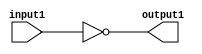
//inverter logic gate - created by Deva

module inverter (
input1,
output1
);

input input1;
output output1;

assign output1 = ~ input1;

endmodule